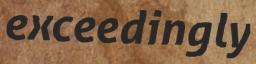
exceedingly